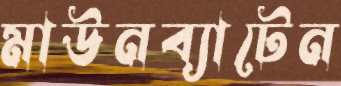
মাউনব্যাটেন